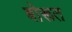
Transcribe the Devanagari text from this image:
बोरूत